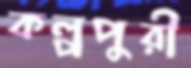
কল্পপুরী